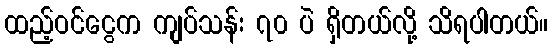
ထည့်ဝင်ငွေက ကျပ်သန်း ၇၀ ပဲ ရှိတယ်လို့ သိရပါတယ်။